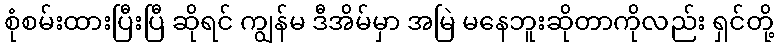
စုံစမ်းထားပြီးပြီ ဆိုရင် ကျွန်မ ဒီအိမ်မှာ အမြဲ မနေဘူးဆိုတာကိုလည်း ရှင်တို့